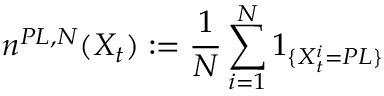
n ^ { P L , N } ( X _ { t } ) : = \frac { 1 } { N } \sum _ { i = 1 } ^ { N } 1 _ { \{ X _ { t } ^ { i } = P L \} }